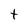
Character: t